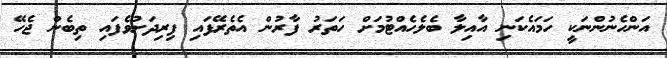
އަންހެނުންނަކީ ހަމައެކަނި އާއިލާ ބެލެހެއްޓުމަށް ހަތަރު ފާރުން އެތެރޭފައި ފިރިދަށުވެފައި ތިބެން ޖެހޭ